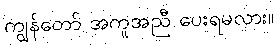
ကျွန်တော် အကူအညီ ပေးရမလား။